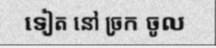
ទៀត នៅ ច្រក ចូល